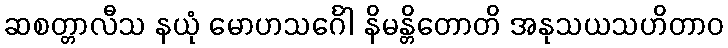
ဆစတ္တာလီသ နယုံ မောဟသင်္ဂေါ နိမန္တိတောတိ အနုသယသဟိတာဝ